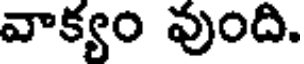
వాక్యం వుంది.